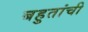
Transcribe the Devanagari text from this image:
बहुतांची